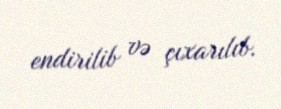
endirilib və çıxarılıb.